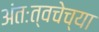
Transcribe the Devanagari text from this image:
अंतःत्वचेच्या